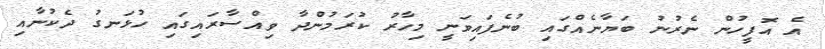
އެ އޮފީހުން ނެރުނު ބަޔާނެއްގައި ބުނެފައިވަނީ މިހާރު ކުރަމުންދާ ވިއްސާރައިގައި ހުޅަނގު ދެކުނާއި